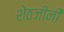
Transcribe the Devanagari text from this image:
शेठजींनी